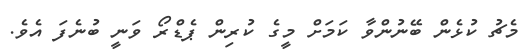
މެޗު ކުޅެން ބޭނުންވާ ކަމަށް މީގެ ކުރިން ޕެޑްރޯ ވަނީ ބުނެފަ އެވެ.